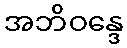
အဘိဝန္ဒေ